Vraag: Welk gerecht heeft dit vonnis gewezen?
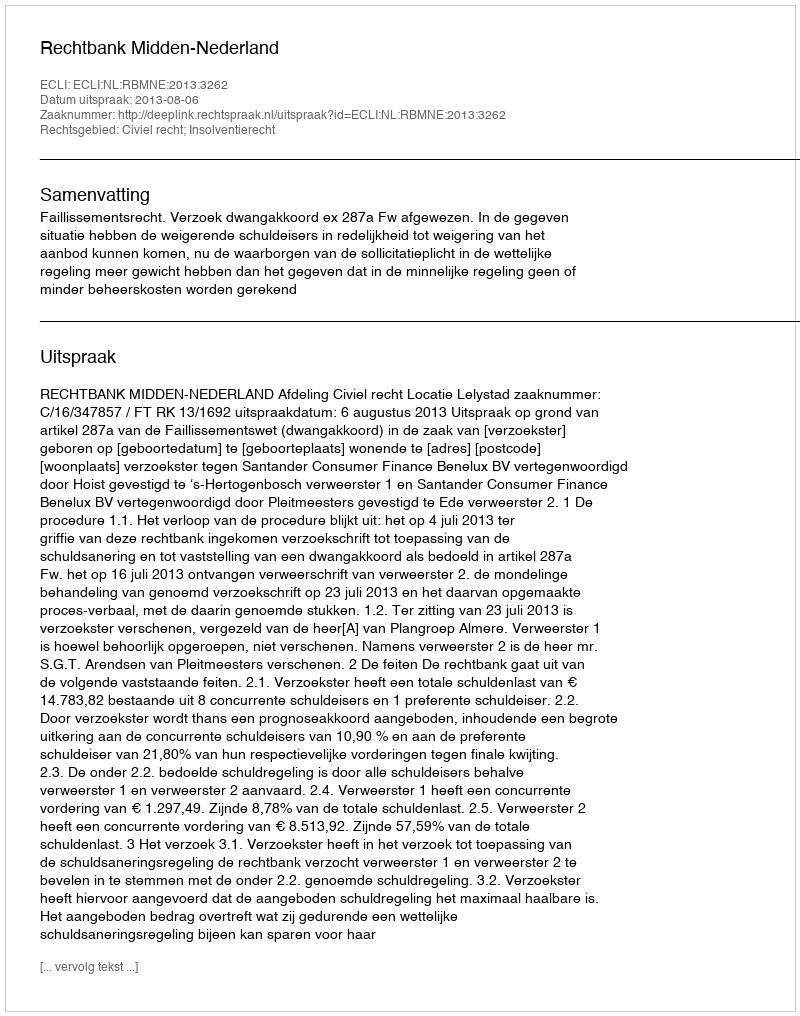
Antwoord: Rechtbank Midden-Nederland